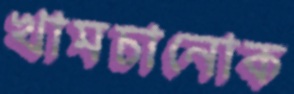
খামচানোক